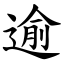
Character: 逾